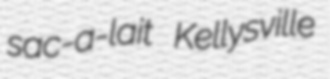
sac-a-lait Kellysville